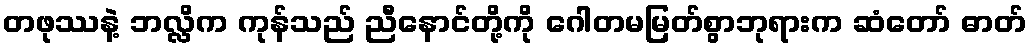
တဖုဿနဲ့ ဘလ္လိက ကုန်သည် ညီနောင်တို့ကို ဂေါတမမြတ်စွာဘုရားက ဆံတော် ဓာတ်